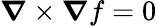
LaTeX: {\boldsymbol{\nabla}}\times{\boldsymbol{\nabla}}f=0